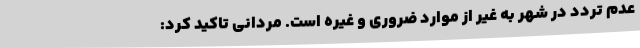
عدم تردد در شهر به غیر از موارد ضروری و غیره است. مردانی تاکید کرد: